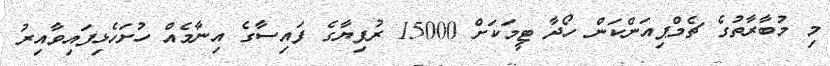
މި މުބާރާތުގެ ޗެމްޕިއަންކަން ހޯދާ ޓީމަކަށް 15000 ރުފިޔާގެ ފައިސާގެ އިނާމެއް ހުށަހެޅިފައިވާއިރު